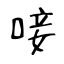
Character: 唼